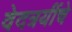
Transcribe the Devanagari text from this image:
वेदत्रयींचे